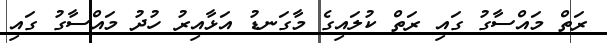
ރަތް މައްސާގު ގައި ރަތް ކުލައިގެ މާގަނޑު އަޅާއިރު ހުދު މައްސާގު ގައި